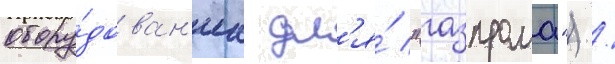
обору́дован'иа дл'я́ "газпрома") /